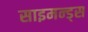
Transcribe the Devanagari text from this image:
साइमन्ड्स